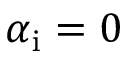
\alpha _ { \mathrm { { i } } } = 0